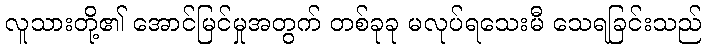
လူသားတို့၏ အောင်မြင်မှုအတွက် တစ်ခုခု မလုပ်ရသေးမီ သေရခြင်းသည်